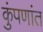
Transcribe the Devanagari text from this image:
कुंपणांत